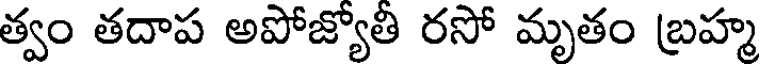
త్వం తదాప అపోజ్యోతి రసో మృతం బ్రహ్మ